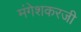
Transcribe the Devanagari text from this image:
मंगेशकरजी